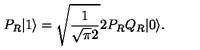
P _ { R } | 1 \rangle = \sqrt { \frac { 1 } { \sqrt { \pi } 2 } } 2 P _ { R } Q _ { R } | 0 \rangle .